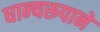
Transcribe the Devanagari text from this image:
धान्‍यरूपाने